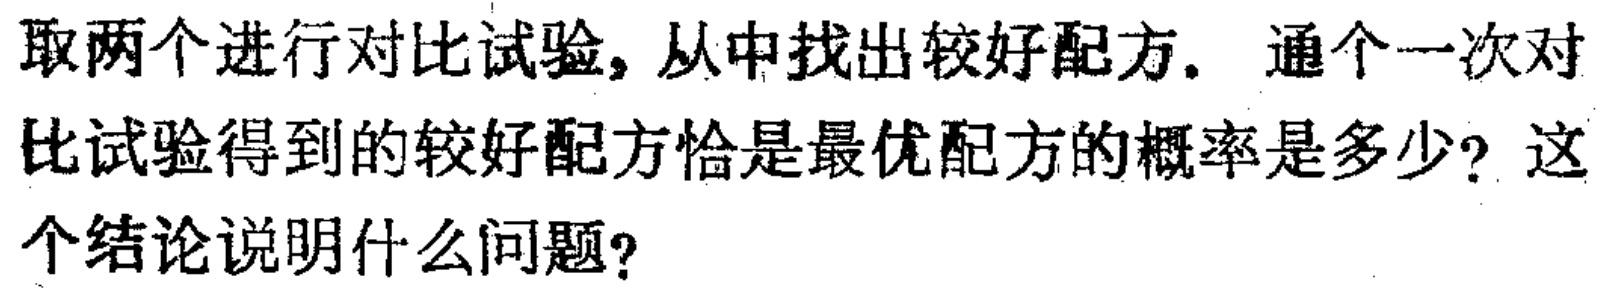
取两个进行对比试验, 从中找出较好配方. 通个一次对比试验得到的较好配方恰是最优配方的概率是多少? 这个结论说明什么问题?